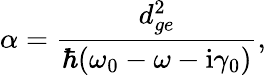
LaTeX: \alpha=\frac{d_{ge}^{2}}{\hbar(\omega_{0}-\omega-\mathrm{i}\gamma_{0})},